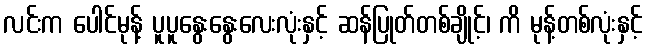
လင်းက ပေါင်မုန့် ပူပူနွေးနွေးလေးလုံးနှင့် ဆန်ပြုတ်တစ်ချိုင့်၊ ကိ မုန့်တစ်လုံးနှင့်